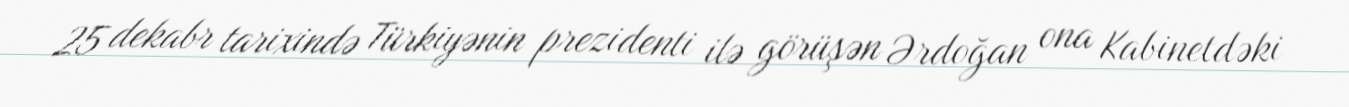
25 dekabr tarixində Türkiyənin prezidenti ilə görüşən Ərdoğan ona Kabinetdəki